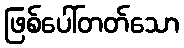
ဖြစ်ပေါ်တတ်သော